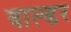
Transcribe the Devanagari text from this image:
वाल्डर